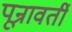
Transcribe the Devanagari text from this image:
पून्रावर्ती